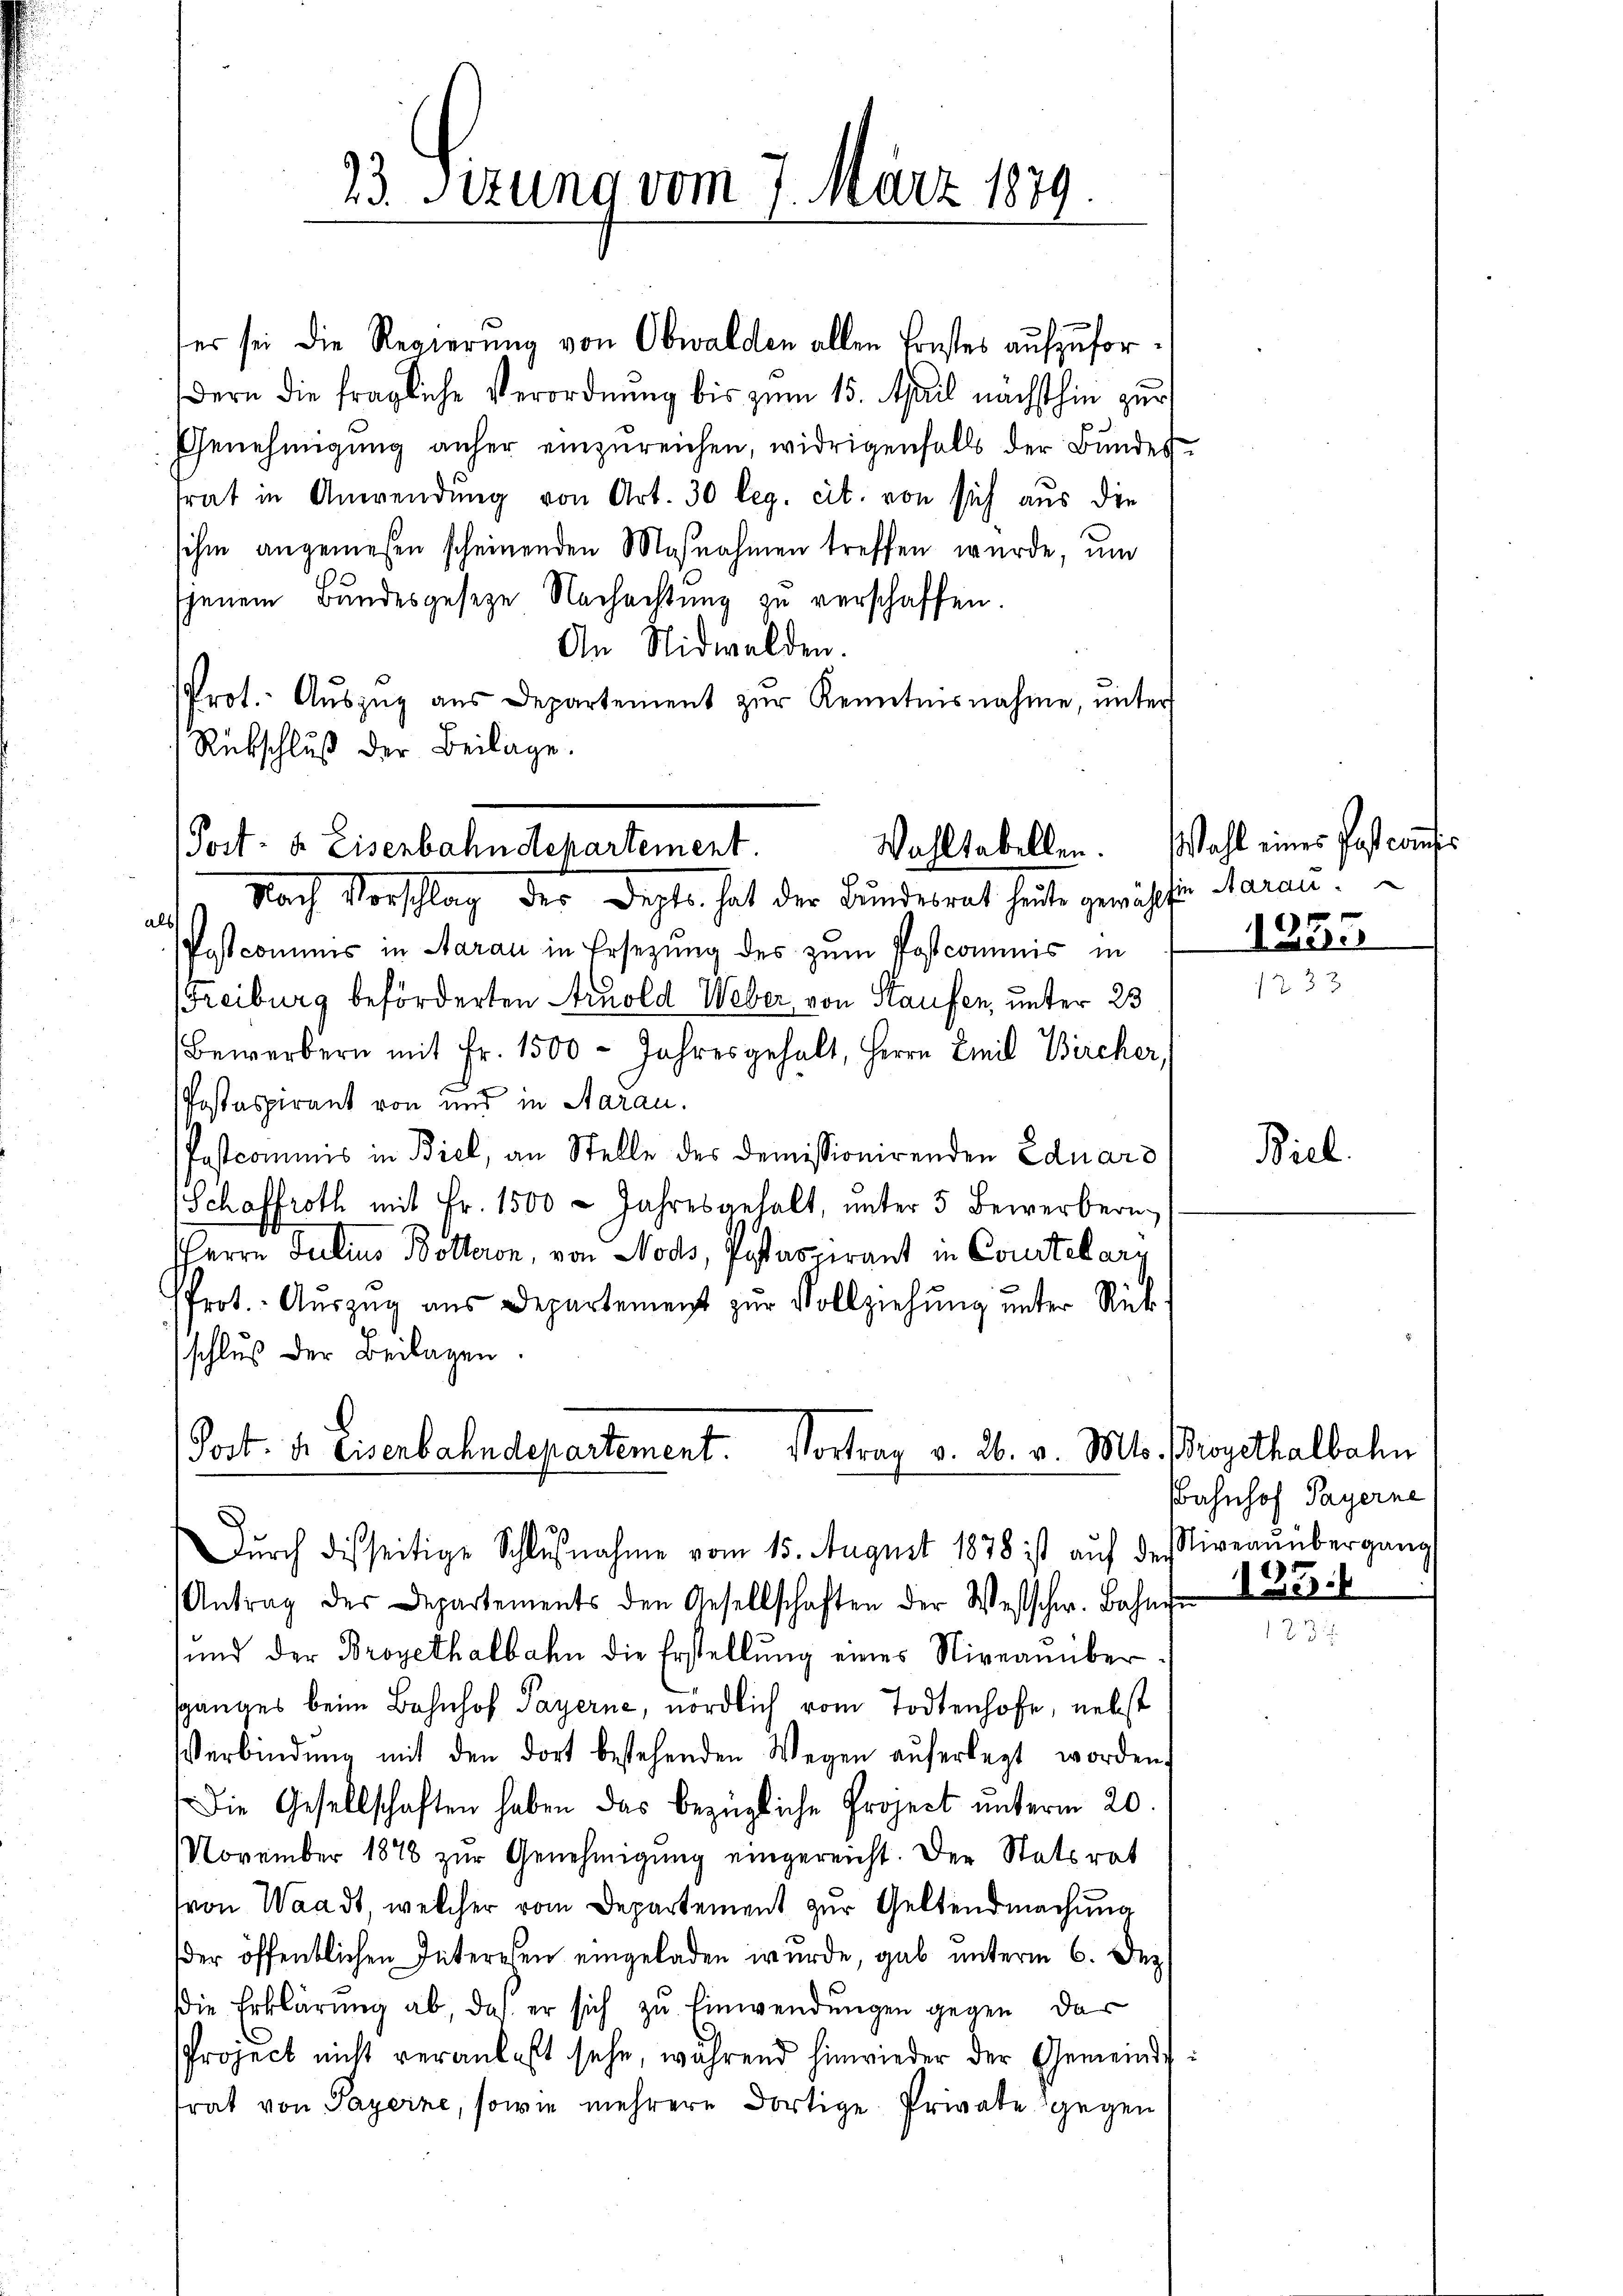
ter sei die Regierung von Obwalden allen Brustes aufzufordern die fragliche Verordnŭng bis zŭm 15. April nächsthin zur
Genehmigŭng anher einzŭreichen, widrigenfalls der Bŭndes-
trat in Anwendung von Art. 30 leg. cit. von sich aus die
sihin angewesen scheinenden Maßnahmen treffen wurde, und
jenem Bundesgeseze Nachachtung zu verschaffen.
An Nidwalden.
Prot. Aŭszŭg aŭs Departement zŭr Kenntnisnahme, ŭnter
Rübschluß der Beilage.

3 Sizung vom 7. März 1879

Post- & Eisenbahndepartement.
Nach Vorschlag der Depts. hat der Bundesrat heute gewählten daran.

¬
Postcommis in Aarau in Ersezung des zum Postcommis in
Freiburg beförderten Arnold Weber von Staufen, unter 23
Bewerbern mit Fr. 1500 - Jahres gehalt, Herrn Emil Bircher,
Postaspirant von und in Aarau.
Pestcommis in Biel, an Stelle des demissionirenden Eduard
Schaffroth mit Fr. 1500 - Jahresgehalt, unter 5 Bewerbern
HHerrn Julius Botteron, von Nods, Postaspirant in Coustkarg
Prot. Auszug aus Departement zur Vollziehung unter Rückschluß der Beilagen
Dŭrch dieseitige Schlŭβnahme vom 15. August 1878 ist aŭf des liveaŭübergang
Antrag der Departements den Gesellschaften der Westschw. Bahn
sund der Brogethalbahn die Erstellung eines Niveauüber
sganges beim Bahnhof Payerne, nördlich vom Todtenhofe, nebst
Verbindŭng mit den dort bestehenden Wegen aŭferlegt worden,
Die Gesellschaften haben das bezügliche Project unterm 20.
November 1876 zur Genehmigung eingereicht. Der Statsrat
von Waadt, welcher vom Departement zur Geltendmachung
der öffentlichen Interesen eingeladen wurde, gab unterm 6. Dez.
die Erklärŭng ab, das er sich zŭ Einwendŭngen gegen das
Project nicht veranlaßt sehe, während hinwieder der Gemeindstrat von Payerne, sowie mehrere dortige Private gegen

Post. dr Eisenbahndepartement. Vortrag v. 26. v. Mts. Brogethalbahn

Wahltabellen. Wahl eines Post comis

133.

125.

Biel

Bahnhof Payerne